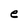
Character: e